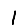
Digit: 1